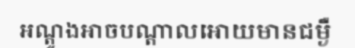
អណ្តូងអាចបណ្តាលអោយមានជម្ងឺ